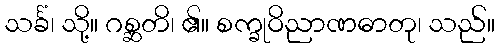
သင်္ခံ၊ သို့။ ဂစ္ဆတိ၊ ၏။ စက္ခုဝိညာဏဓာတု၊ သည်။